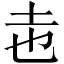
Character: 𭍽